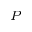
_ { P }